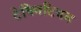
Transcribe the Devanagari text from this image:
टेक्निटियम